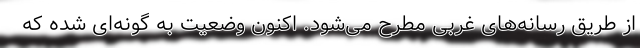
از طریق رسانه‌های غربی مطرح می‌شود. اکنون وضعیت به گونه‌ای شده که